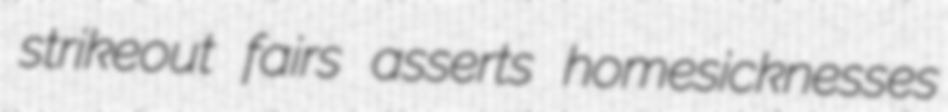
strikeout fairs asserts homesicknesses